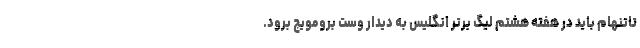
تاتنهام باید در هفته هشتم لیگ برتر انگلیس به دیدار وست برومویچ برود.